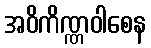
အဝိကိဏ္ဏဝါစေန